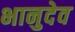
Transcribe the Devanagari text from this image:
भानुदेव